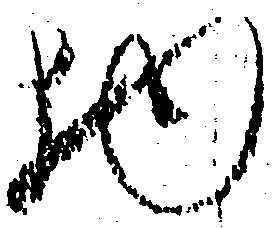
物